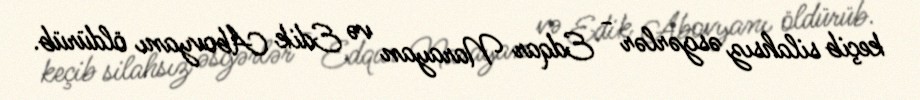
keçib silahsız əsgərlər - Edqar Narayan və Edik Abovyanı öldürüb.